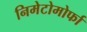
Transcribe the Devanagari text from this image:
निमेटोमोर्फा